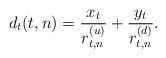
LaTeX: \begin{align*} d_t(t,n) = \frac{x_t }{r^{(u)}_{t,n}}+\frac{y_t }{r^{(d)}_{t,n}}.\end{align*}